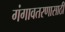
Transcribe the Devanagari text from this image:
गंगावतरणासाठी